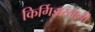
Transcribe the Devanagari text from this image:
किर्गिझस्तानी